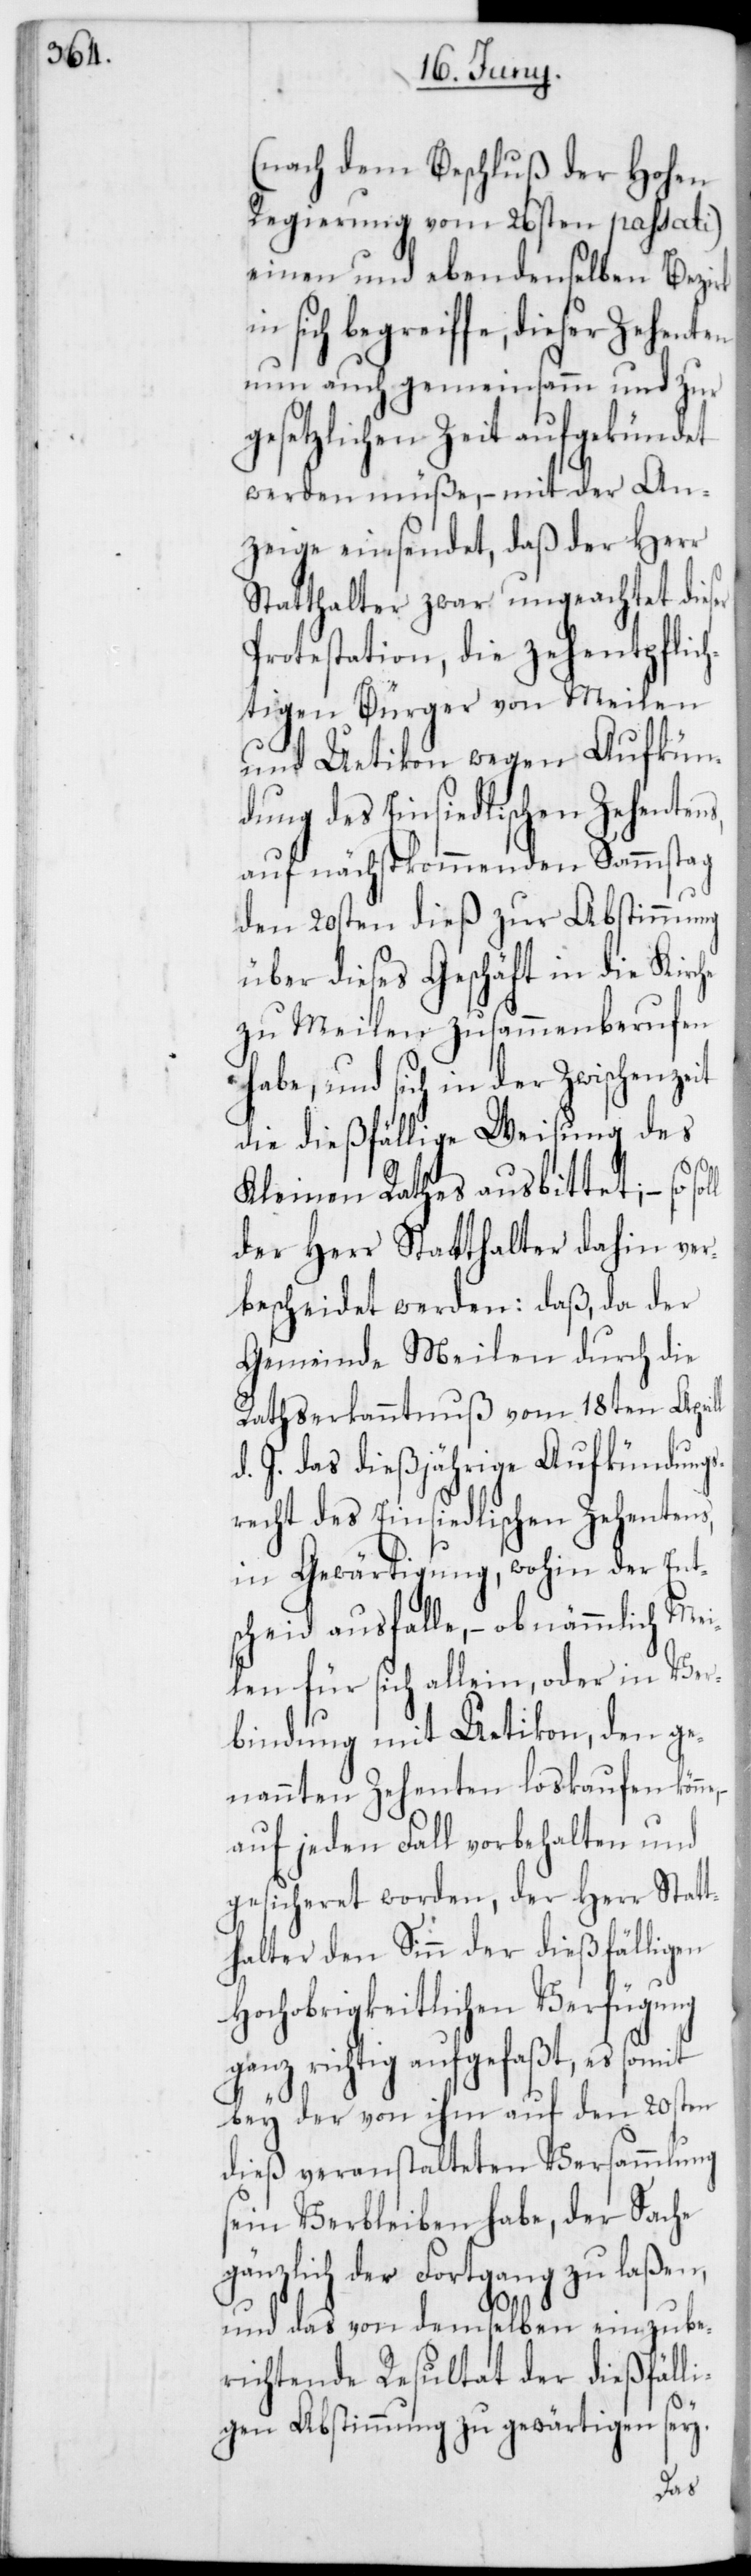
(nach dem Beschluß der Hohen
Regierung vom 26sten passati)
einen und ebendenselben Bezirk
sich begreiffe, dieser Zehenten
nun auch gemeinsamm und zur
gesetzlichen Zeit aufgekündet
werden müße, – mit der An¬
zeige einsendet, daß der Herr
Statthalter zwar ungeachtet dieser
Protestation, die zehentpflich¬
tigen Bürger von Meilen
und Uetikon wegen Aufkün¬
dung des Einsiedlischen Zehentens,
auf nächstkommenden Sammstag
den 20sten dieß zur Abstimmung
über dieses Geschäft in die Kirche
zu Meilen zusammenberufen
habe, und sich in der Zwischenzeit
die dießfällige Weisung des
Kleinen Rathes ausbittet; – so
der Herr Statthalter dahin ver¬
bescheidet werden: daß, da der
Gemeinde Meilen durch die
Rathserkanntnuß vom 18ten Aprill
d. J. das dießjährige Aufkündungs¬
recht des Einsiedlischen Zehentens,
in Gewärtigung, wohin der Ent¬
scheid ausfalle, – ob nämmlich Mei¬
len für sich allein oder in Ver¬
bindung mit Uetikon, den ge¬
nannten Zehenten loskaufen
auf jeden Fall vorbehalten und
gesicheret worden, der Herr Statt¬
halter den Sinn der dießfälligen
Hochobrigkeitlichen Verfügung
ganz richtig aufgefaßt, es somit
bey der von ihm auf den 20sten
dieß veranstalteten Versammlung
sein Verbleiben habe, der Sache
gänzlich der Fortgang zu laßen
und das von demselben einzube¬
richtende Resultat der dießfäll¬
igen Abstimmung zu gewärtigen sey.